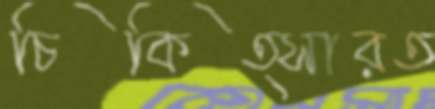
চিকিত্সারত